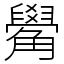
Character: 觷